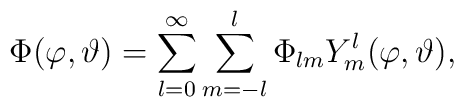
\Phi(\varphi, \vartheta) =\sum_{l=0}^{\infty} \sum_{m=-l}^{l} \Phi_{lm} Y^l_m(\varphi, \vartheta),